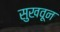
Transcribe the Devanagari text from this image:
सुखवून